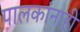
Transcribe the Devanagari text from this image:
पालकांनाही